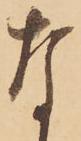
な